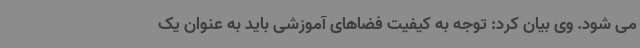
می شود. وی بیان کرد: توجه به کیفیت فضاهای آموزشی باید به عنوان یک